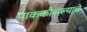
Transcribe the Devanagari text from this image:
पाककौशल्याचे